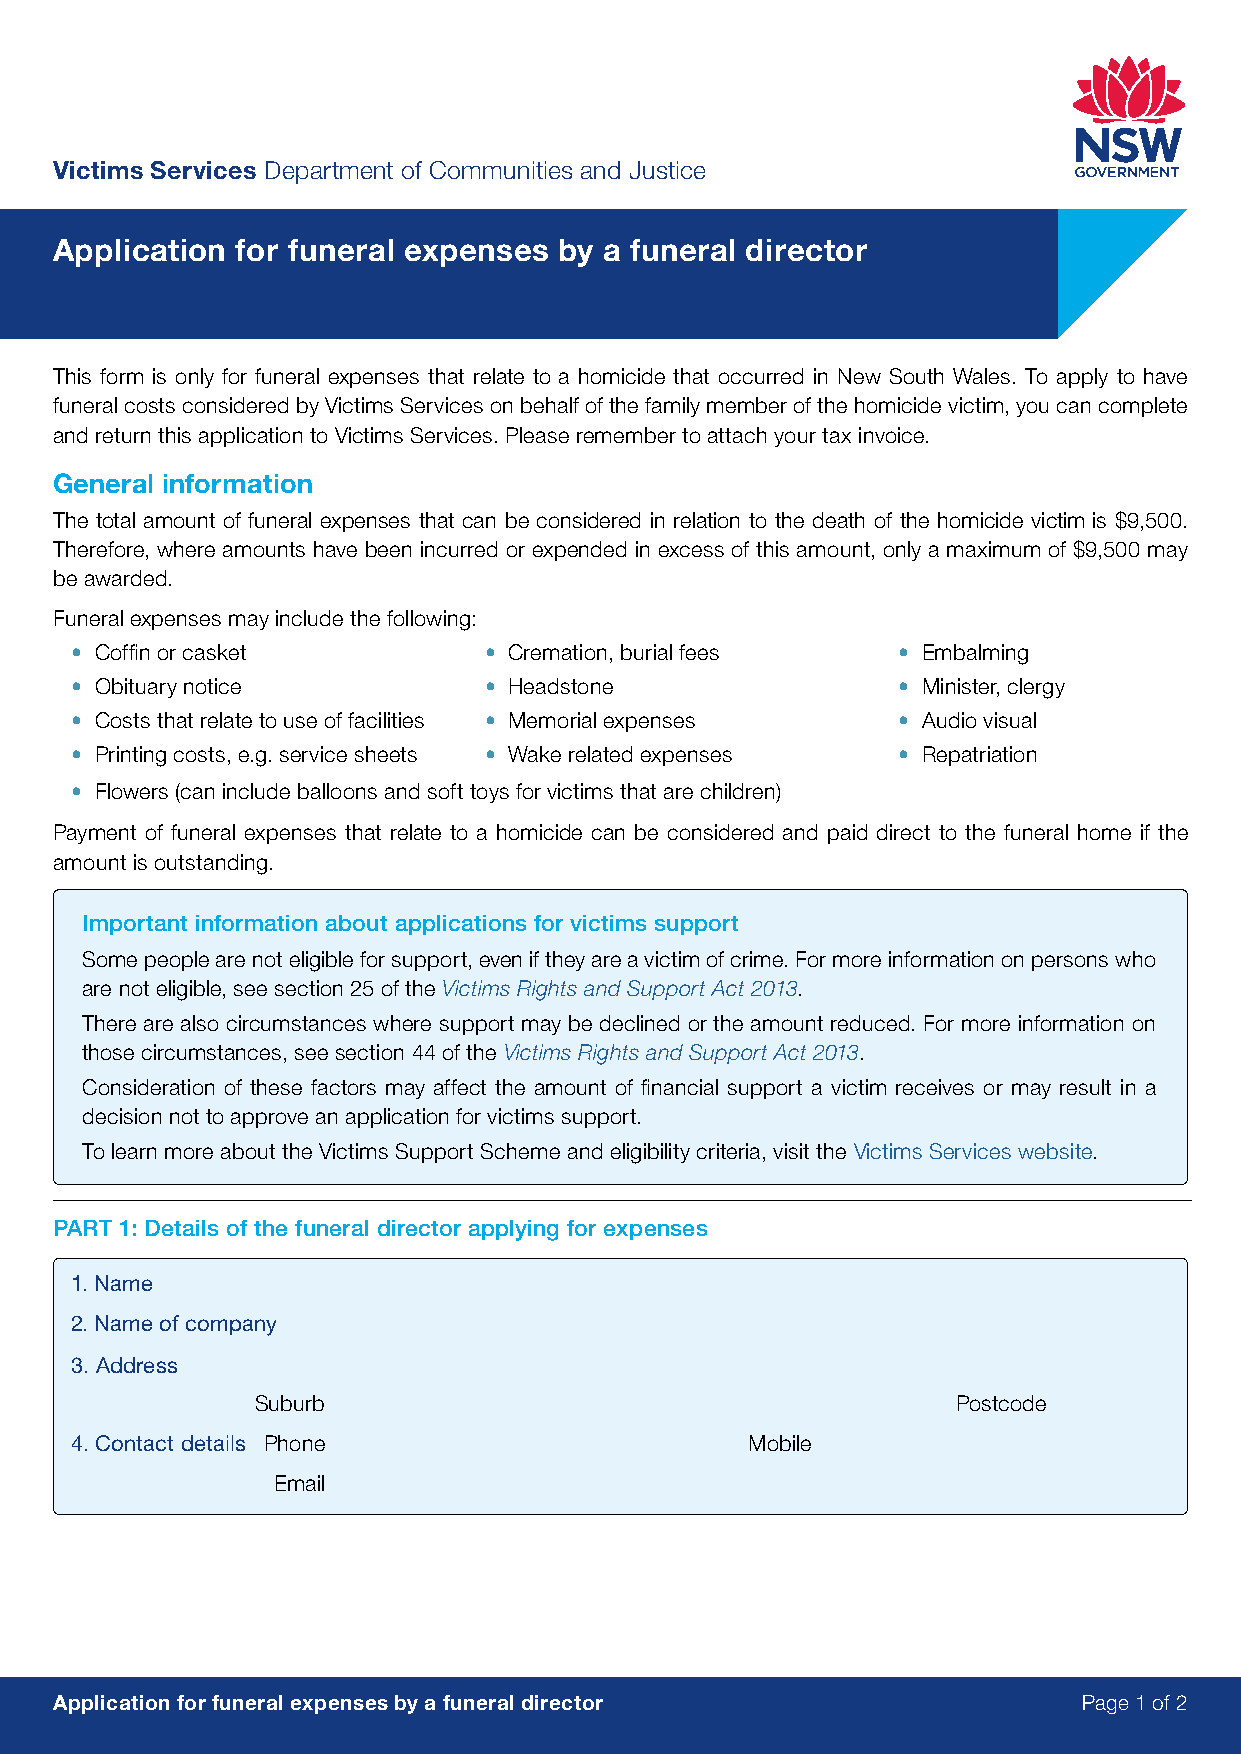
Victims Services Department of Communities and Justice
 Application for funeral expenses by a funeral director
 This form is only for funeral expenses that relate to a homicide that occurred in New South Wales. To apply to have
 funeral costs considered by Victims Services on behalf of the family member of the homicide victim, you can complete
 and return this application to Victims Services. Please remember to attach your tax invoice.
 General information
 The total amount of funeral expenses that can be considered in relation to the death of the homicide victim is $9,500.
 Therefore, where amounts have been incurred or expended in excess of this amount, only a maximum of $9,500 may
 be awarded.
 Funeral expenses may include the following:
 • Coffin or casket         • Cremation, burial fees   • Embalming
 • Obituary notice          • Headstone                • Minister, clergy
 • Costs that relate to use of facilities • Memorial expenses • Audio visual
 • Printing costs, e.g. service sheets • Wake related expenses • Repatriation
 • Flowers (can include balloons and soft toys for victims that are children)
 Payment of funeral expenses that relate to a homicide can be considered and paid direct to the funeral home if the
 amount is outstanding.
 Important information about applications for victims support
 Some people are not eligible for support, even if they are a victim of crime. For more information on persons who
 are not eligible, see section 25 of the Victims Rights and Support Act 2013.
 There are also circumstances where support may be declined or the amount reduced. For more information on
 those circumstances, see section 44 of the Victims Rights and Support Act 2013.
 Consideration of these factors may affect the amount of financial support a victim receives or may result in a
 decision not to approve an application for victims support.
 To learn more about the Victims Support Scheme and eligibility criteria, visit the Victims Services website.
 PART 1: Details of the funeral director applying for expenses
 1. Name
 2. Name of company
 3. Address
 Suburb                                        Postcode
 4. Contact details Phone                     Mobile
 Email
 Application for funeral expenses by a funeral director              Page 1 of 2